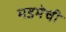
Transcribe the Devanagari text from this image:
मडमेची